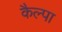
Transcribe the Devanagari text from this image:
कैल्पा